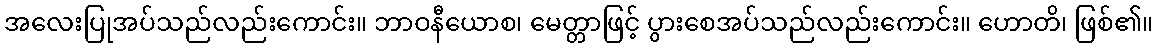
အလေးပြုအပ်သည်လည်းကောင်း။ ဘာဝနီယောစ၊ မေတ္တာဖြင့် ပွားစေအပ်သည်လည်းကောင်း။ ဟောတိ၊ ဖြစ်၏။